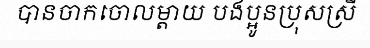
បានចាកចោលម្តាយ បងប្អូនប្រុសស្រី